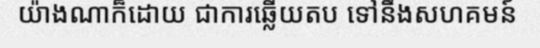
យ៉ាងណាក៏ដោយ ជាការឆ្លើយតប ទៅនឹងសហគមន៍